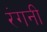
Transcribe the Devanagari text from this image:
रंगनी